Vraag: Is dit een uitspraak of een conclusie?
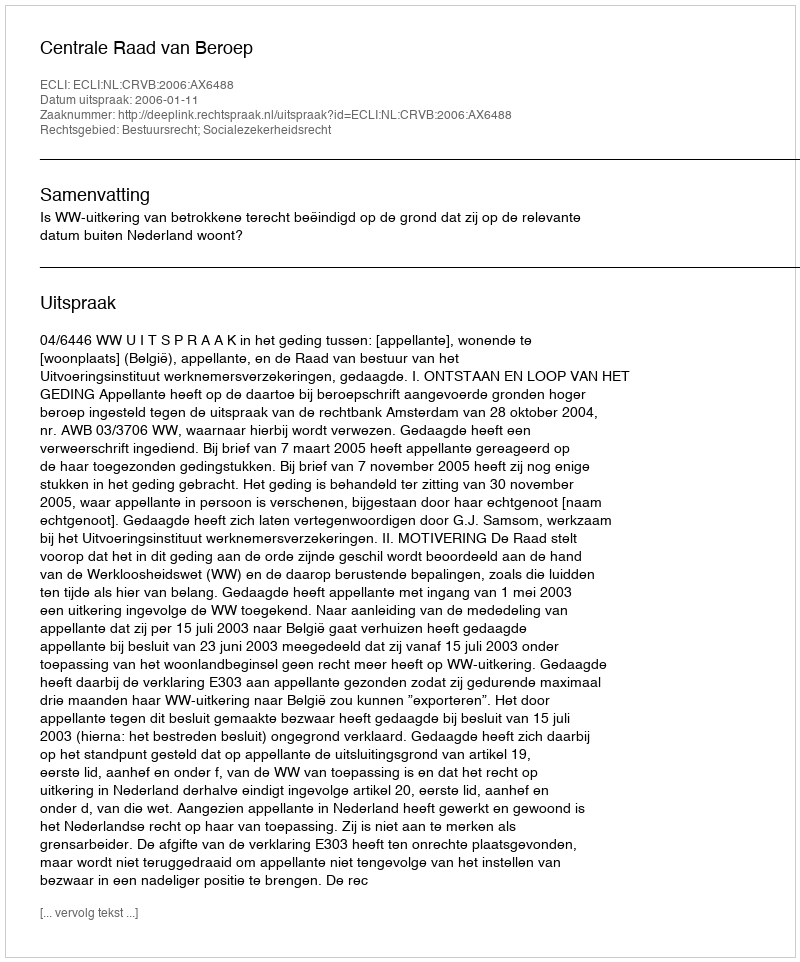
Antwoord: Uitspraak